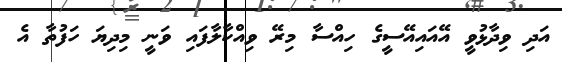
އަދި ވިދާޅުވީ އޭއައިއޭސީގެ ހިއްސާ މިރޭ ވިއްކާލާފައި ވަނީ މިދިޔަ ހަފުތާ އެ